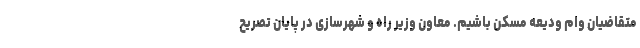
متقاضیان وام ودیعه مسکن باشیم. معاون وزیر راه و شهرسازی در پایان تصریح